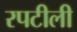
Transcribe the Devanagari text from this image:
रपटीली